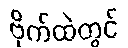
ဗိုက်ထဲတွင်